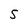
Character: S